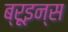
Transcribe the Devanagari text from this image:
ब्रूइन्स